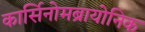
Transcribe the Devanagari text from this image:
कार्सिनोमब्रायोनिक